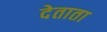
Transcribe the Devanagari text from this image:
देताता